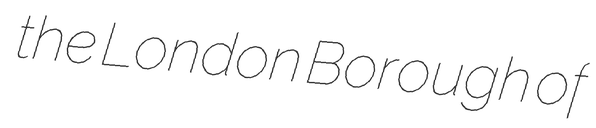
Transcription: the London Borough of